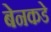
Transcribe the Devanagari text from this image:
बेनकडे